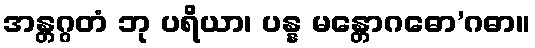
အန္တဂ္ဂတံ ဘု ပရိယာ၊ ပန္န မန္တောဂဓော’ဂဓာ။